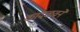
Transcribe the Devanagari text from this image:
कांदळवने